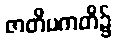
ဇာတိပကတိ၌